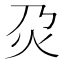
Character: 𤆄